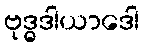
ဗုဒ္ဓဒါယာဒေါ